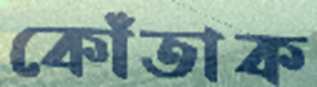
কোঁতাক